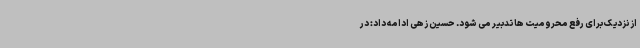
از نزدیک برای رفع محرومیت ها تدبیر می شود. حسین زهی ادامه داد: در